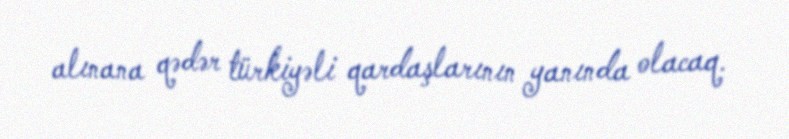
alınana qədər türkiyəli qardaşlarının yanında olacaq.